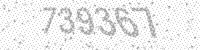
Solution: 739367